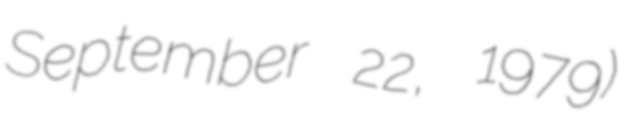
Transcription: September 22, 1979)